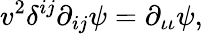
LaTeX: v^{2}\delta^{ij}\partial_{ij}\psi=\partial_{\iota\iota}\psi,